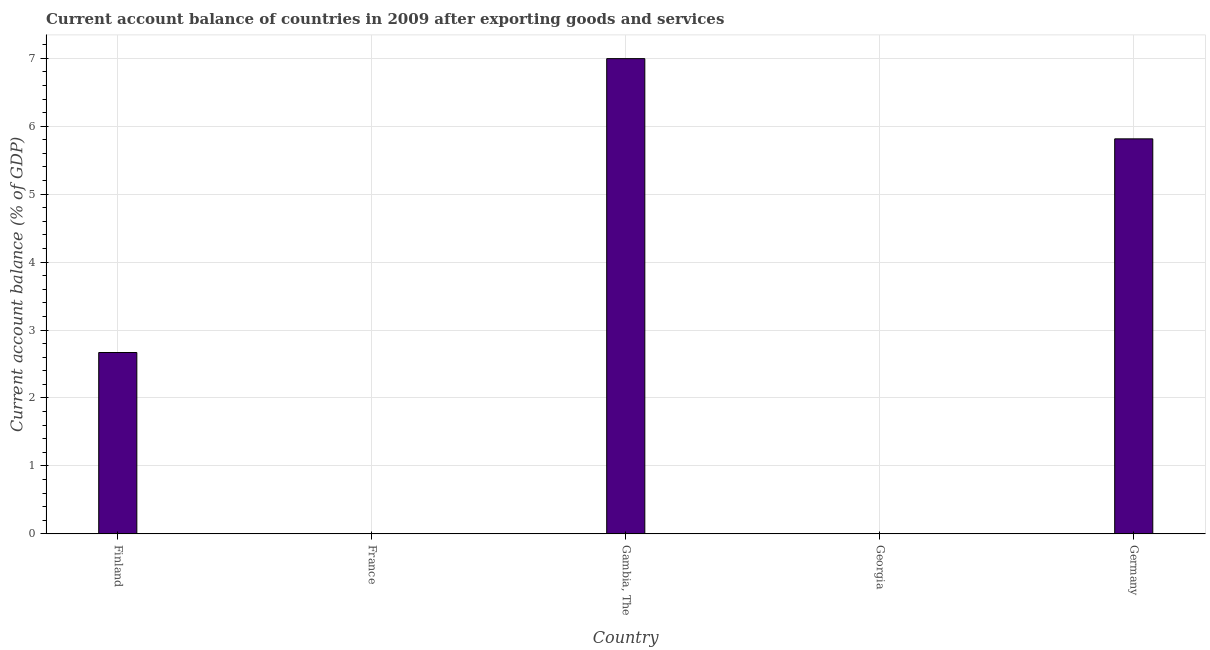
| Country | Current account balance |
 | --- | --- |
 | Finland | 2.67 |
 | France | -0.819 |
 | Gambia, The | 6.99 |
 | Georgia | -10.6 |
 | Germany | 5.81 |